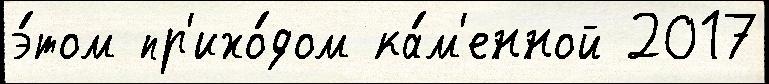
э́том пр'ихо́дом ка́м'енной 2017